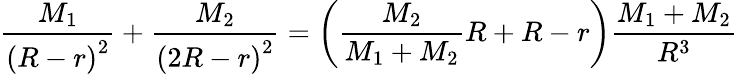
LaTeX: {\frac{M_{1}}{\left(R-r\right)^{2}}}+{\frac{M_{2}}{\left(2R-r\right)^{2}}}=\left({\frac{M_{2}}{M_{1}+M_{2}}}R+R-r\right){\frac{M_{1}+M_{2}}{R^{3}}}